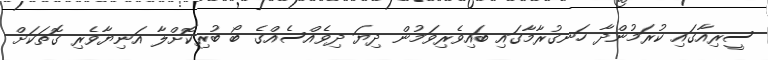
ސީރިއާގައި ކުރަމުންދާ ހަނގުރާމާގައި ބައިވެރިވަމުން ދިޔަ ދިވެއްސެއްގެ ބޯ ބުރިކޮށްލާ އަނިޔާވެރި ގޮތަކަށް